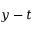
y - t